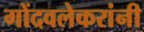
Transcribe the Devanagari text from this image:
गोंदवलेकरांनी